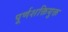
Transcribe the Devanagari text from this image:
पूर्णशक्तियुक्त